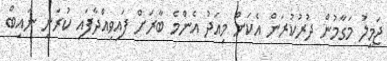
ޖަމީލު މަގާމުން ދުރުކުރަން އެކަން މިއަދު އެންމެ ބާރަށް ފައިވިއްދާފައި ކުރަނީ ނައިބް